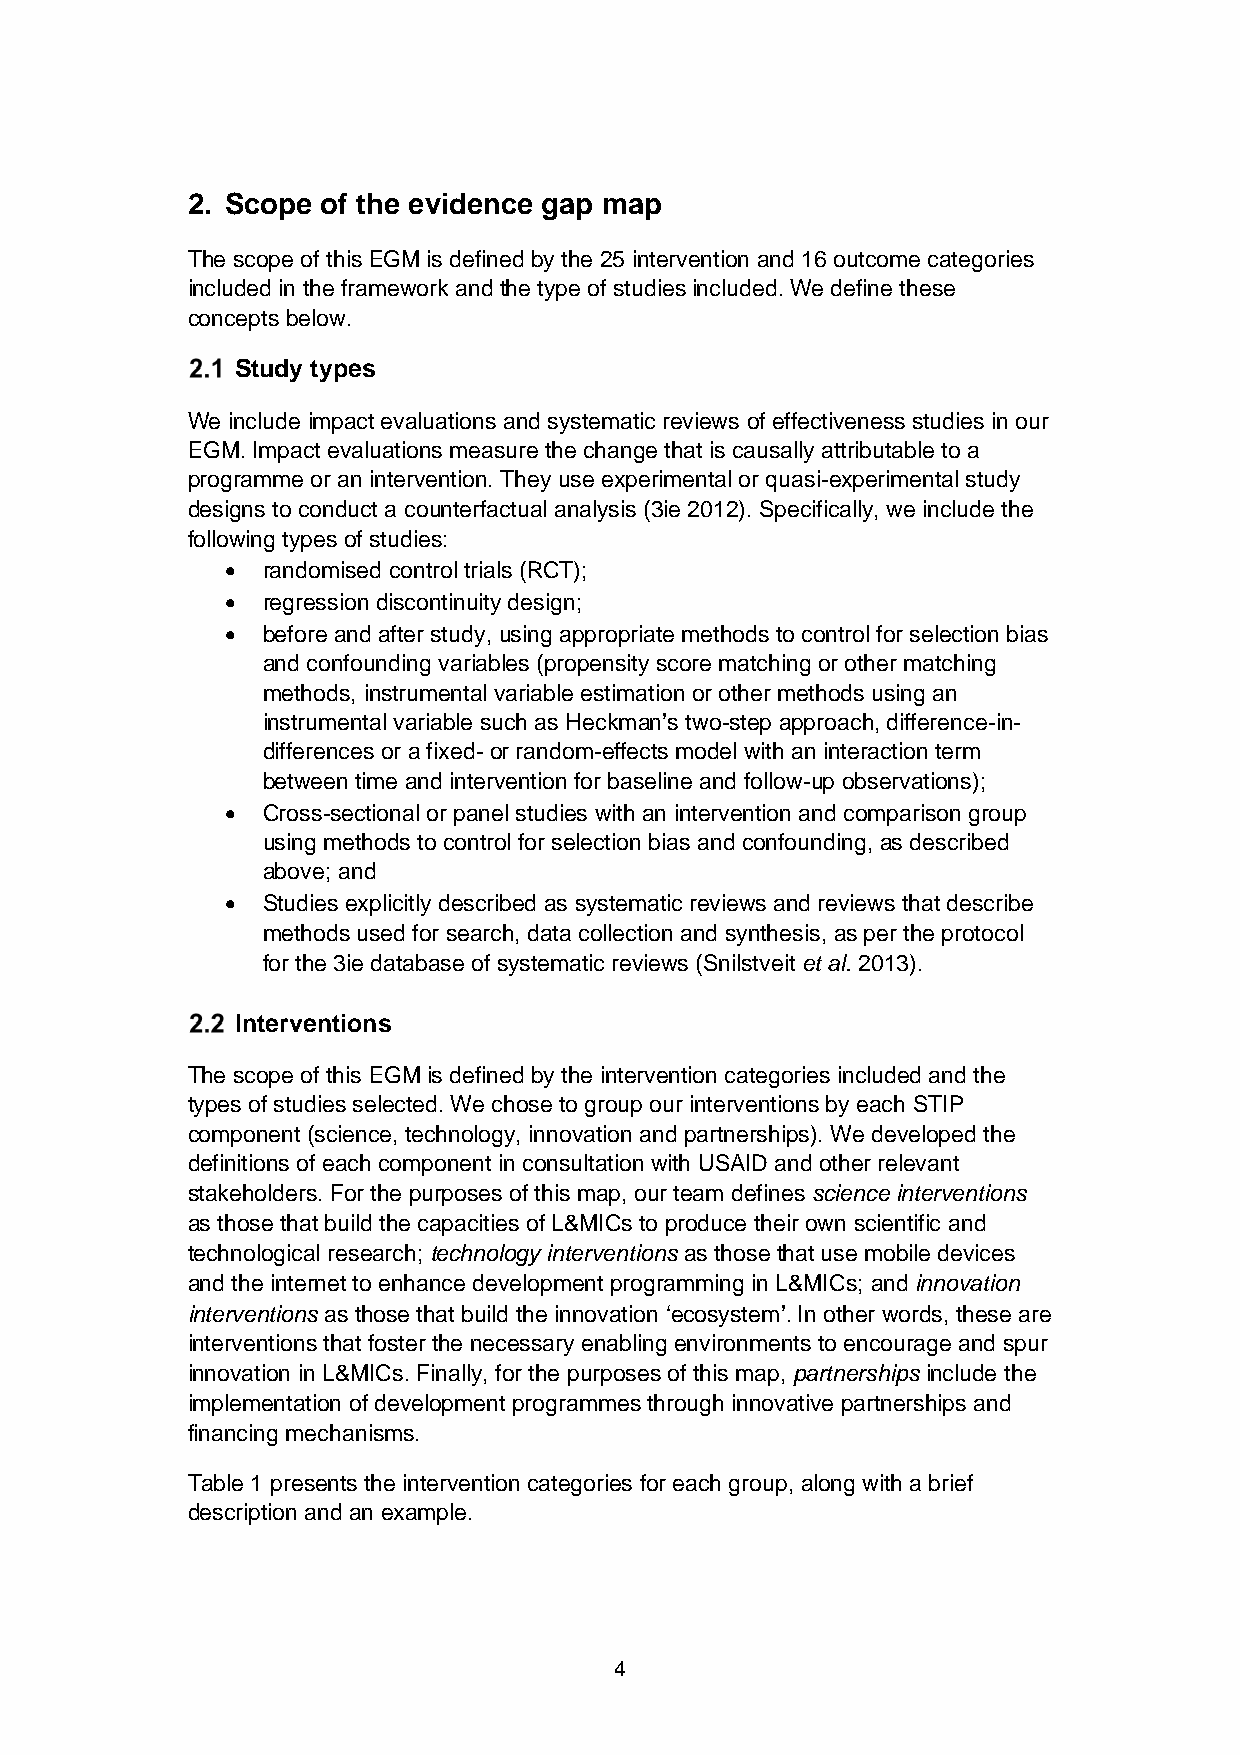
2. Scope of the evidence gap map
 The scope of this EGM is defined by the 25 intervention and 16 outcome categories
 included in the framework and the type of studies included. We define these
 concepts below.
 Study types
 We include impact evaluations and systematic reviews of effectiveness studies in our
 EGM. Impact evaluations measure the change that is causally attributable to a
 programme or an intervention. They use experimental or quasi-experimental study
 designs to conduct a counterfactual analysis (3ie 2012). Specifically, we include the
 following types of studies:
 • randomised control trials (RCT);
 • regression discontinuity design;
 • before and after study, using appropriate methods to control for selection bias
 and confounding variables (propensity score matching or other matching
 methods, instrumental variable estimation or other methods using an
 instrumental variable such as Heckman’s two-step approach, difference-in-
 differences or a fixed- or random-effects model with an interaction term
 between time and intervention for baseline and follow-up observations);
 • Cross-sectional or panel studies with an intervention and comparison group
 using methods to control for selection bias and confounding, as described
 above; and
 • Studies explicitly described as systematic reviews and reviews that describe
 methods used for search, data collection and synthesis, as per the protocol
 for the 3ie database of systematic reviews (Snilstveit et al. 2013).
 Interventions
 The scope of this EGM is defined by the intervention categories included and the
 types of studies selected. We chose to group our interventions by each STIP
 component (science, technology, innovation and partnerships). We developed the
 definitions of each component in consultation with USAID and other relevant
 stakeholders. For the purposes of this map, our team defines science interventions
 as those that build the capacities of L&MICs to produce their own scientific and
 technological research; technology interventions as those that use mobile devices
 and the internet to enhance development programming in L&MICs; and innovation
 interventions as those that build the innovation ‘ecosystem’. In other words, these are
 interventions that foster the necessary enabling environments to encourage and spur
 innovation in L&MICs. Finally, for the purposes of this map, partnerships include the
 implementation of development programmes through innovative partnerships and
 financing mechanisms.
 Table 1 presents the intervention categories for each group, along with a brief
 description and an example.
 4